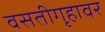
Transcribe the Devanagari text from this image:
वसतीगृहावर